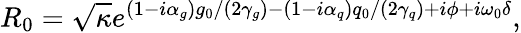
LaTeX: R_{0}=\sqrt{\kappa}e^{(1-i\alpha_{g})g_{0}/(2\gamma_{g})-(1-i\alpha_{q})q_{0}/(2\gamma_{q})+i\phi+i\omega_{0}\delta},